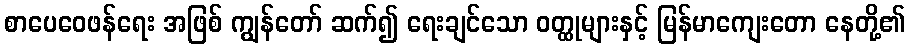
စာပေဝေဖန်ရေး အဖြစ် ကျွန်တော် ဆက်၍ ရေးချင်သော ဝတ္ထုများနှင့် မြန်မာကျေးတော နေတို့၏